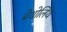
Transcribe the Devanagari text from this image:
बेथोलिथ